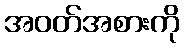
အဝတ်အစားကို